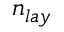
n _ { l a y }